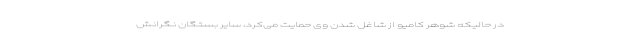
در حالیکه شوهر کامیو از شاغل شدن وی حمایت می‌کرد، سایر بستگان نگرانش